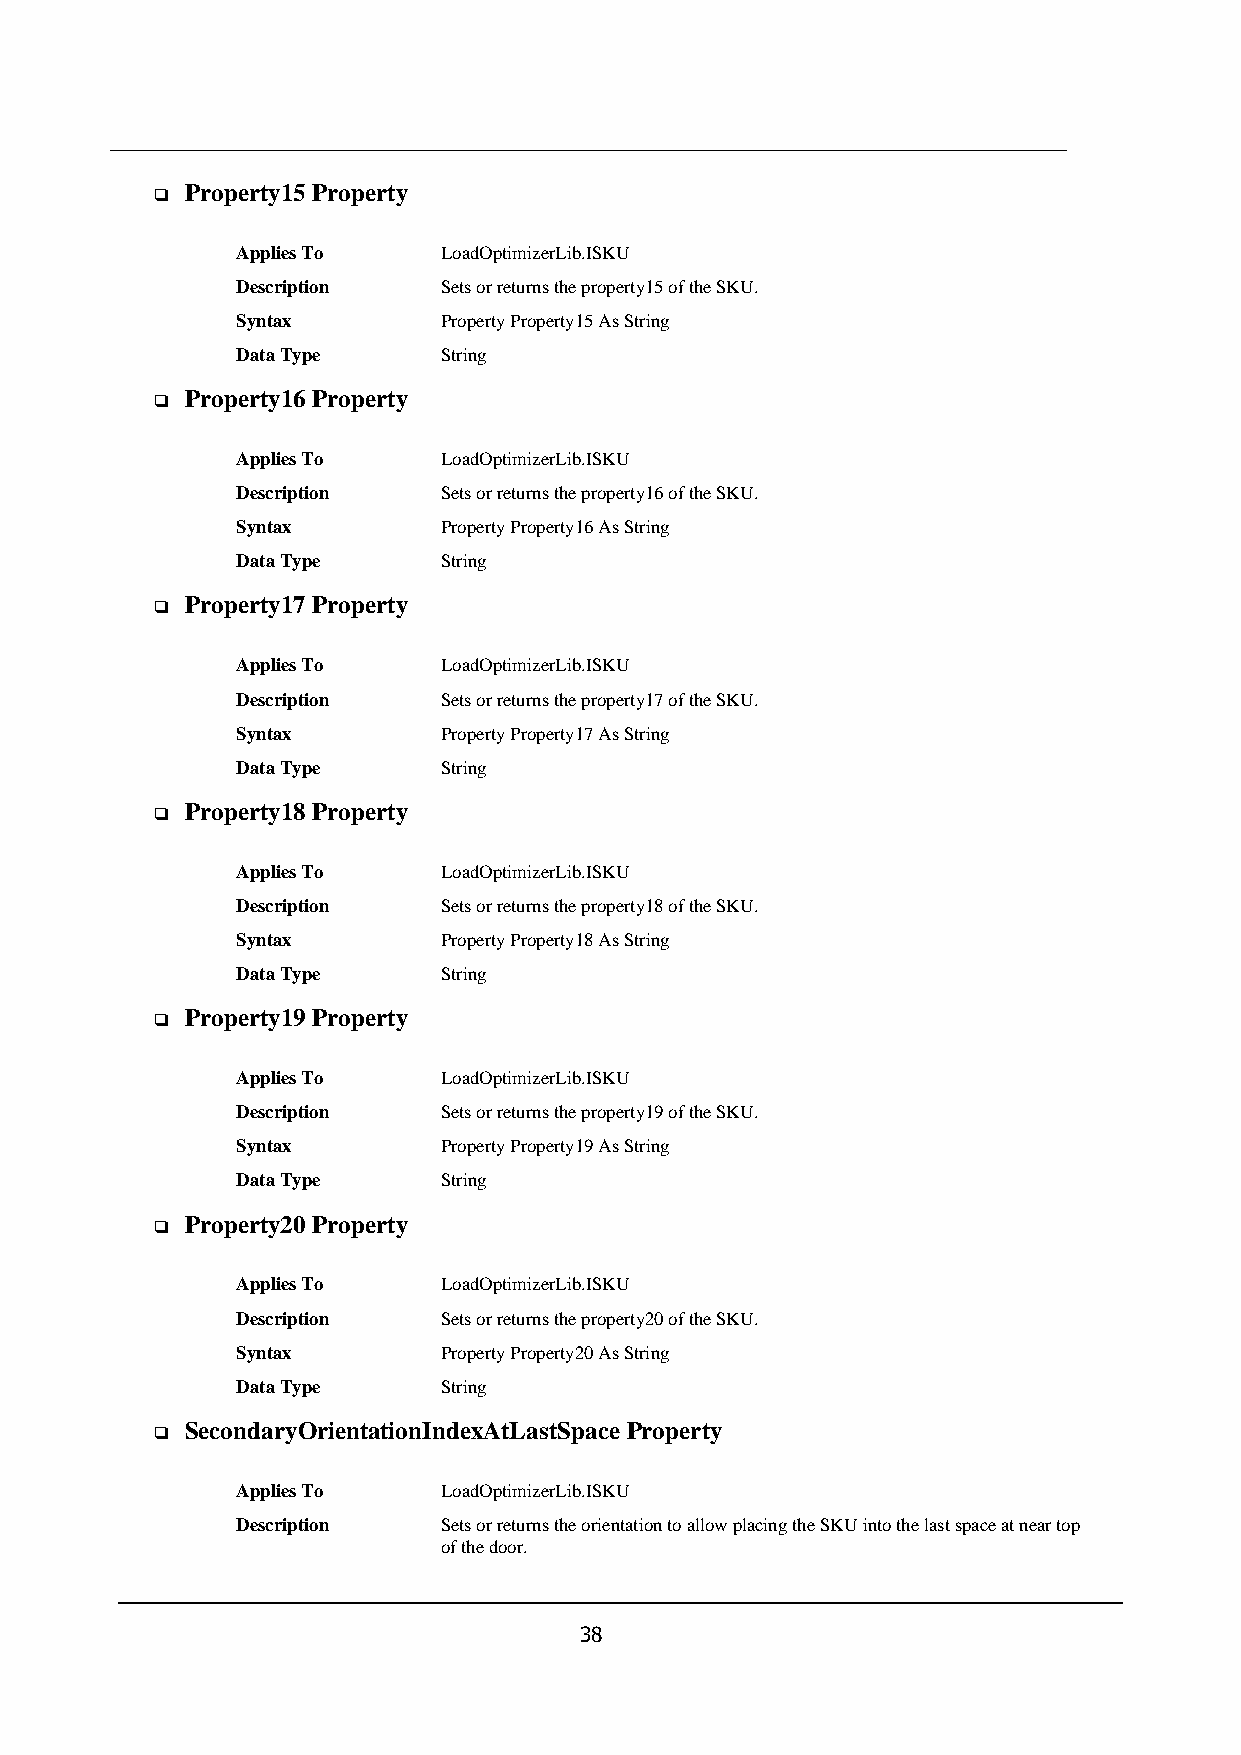
Property15 Property
 ❑
 Applies To   LoadOptimizerLib.ISKU
 Description  Sets or returns the property15 of the SKU.
 Syntax       Property Property15 As String
 Data Type    String
 Property16 Property
 ❑
 Applies To   LoadOptimizerLib.ISKU
 Description  Sets or returns the property16 of the SKU.
 Syntax       Property Property16 As String
 Data Type    String
 Property17 Property
 ❑
 Applies To   LoadOptimizerLib.ISKU
 Description  Sets or returns the property17 of the SKU.
 Syntax       Property Property17 As String
 Data Type    String
 Property18 Property
 ❑
 Applies To   LoadOptimizerLib.ISKU
 Description  Sets or returns the property18 of the SKU.
 Syntax       Property Property18 As String
 Data Type    String
 Property19 Property
 ❑
 Applies To   LoadOptimizerLib.ISKU
 Description  Sets or returns the property19 of the SKU.
 Syntax       Property Property19 As String
 Data Type    String
 Property20 Property
 ❑
 Applies To   LoadOptimizerLib.ISKU
 Description  Sets or returns the property20 of the SKU.
 Syntax       Property Property20 As String
 Data Type    String
 SecondaryOrientationIndexAtLastSpace Property
 ❑
 Applies To   LoadOptimizerLib.ISKU
 Description  Sets or returns the orientation to allow placing the SKU into the last space at near top
 of the door.
 38